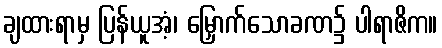
ချထားရာမှ ပြန်ယူအံ့၊ မြှောက်သောခဏ၌ ပါရာဇိက။